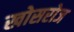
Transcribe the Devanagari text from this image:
खोसरोज